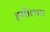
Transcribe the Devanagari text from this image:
हषौलास